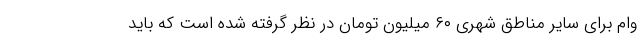
وام برای سایر مناطق شهری ۶۰ میلیون تومان در نظر گرفته شده است که باید